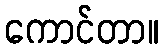
ကောင်တာ။